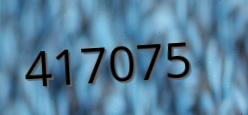
417075